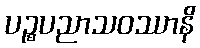
ပဉ္စပညာသဝဿာနိ